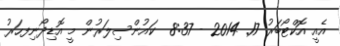
އެއީ އޮކްޓޯބަރު 17